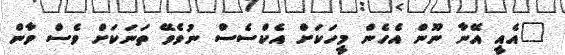
"އެއީ އޭނާ ނޫން އެހެން މީހަކަށް އެކްސެސް ނުވެވޭ ތަނަކަށް ވެސް ވާން